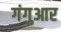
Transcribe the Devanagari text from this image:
गंगुआर